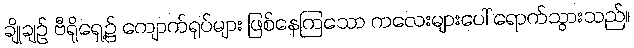
ချိုချဉ် ဗီရိုရှေ့၌ ကျောက်ရုပ်များ ဖြစ်နေကြသော ကလေးများပေါ် ရောက်သွားသည်။